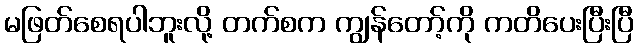
မဖြတ်စေရပါဘူးလို့ တက်စက ကျွန်တော့်ကို ကတိပေးပြီးပြီ